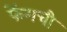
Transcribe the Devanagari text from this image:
फेंगची